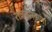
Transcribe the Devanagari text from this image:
राजशास्त्राणां